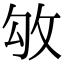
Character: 𢼃